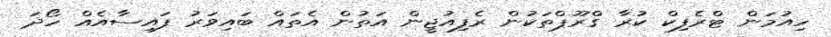
ހިއުމަން ޓްރެފިކް ކުރާ ގްރޫޕްތަކުން ރެފިއުޖީން އަތުން އެތައް ބައިވަރު ފައިސާއެއް ހޯދަ